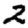
Digit: 2